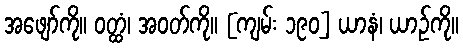
အဖျော်ကို။ ဝတ္ထံ၊ အဝတ်ကို။ [ကျမ်း ၁၉၀] ယာနံ၊ ယာဉ်ကို။